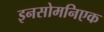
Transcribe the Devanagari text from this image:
इनसोमनिएक